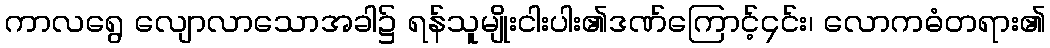
ကာလရွေ လျောလာသောအခါ၌ ရန်သူမျိုးငါးပါး၏ဒဏ်ကြောင့်၄င်း၊ လောကဓံတရား၏